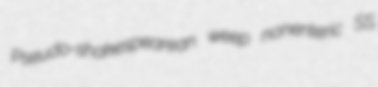
Pseudo-shakespearean weep nonenteric SS